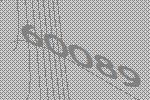
60089